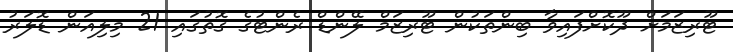
ޓޫރިޒަމަށް ދޫކޮށްފައިވާ ބިންތަކުން ޓޫރިޒަމް ލޭންޑް ރެންޓުގެ ގޮތުގައި 21 މިލިއަން ޑޮލަރު